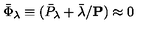
\bar { \Phi } _ { \lambda } \equiv ( \bar { P } _ { \lambda } + \bar { \lambda } / { { \bf P } } ) \approx 0